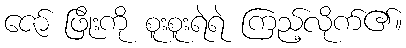
ဇော် ဖြိုးကို စူးစူးရဲရဲ ကြည့်လိုက်၏။